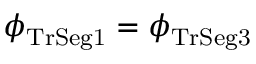
\phi _ { \mathrm { T r S e g 1 } } = \phi _ { \mathrm { T r S e g 3 } }